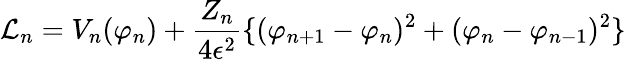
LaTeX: {\cal L}_{n}=V_{n}(\varphi_{n})+\frac{Z_{n}}{4\epsilon^{2}}\{ (\varphi_{n+1}-\varphi_{n})^{2}+(\varphi_{n}-\varphi_{n-1})^{2}\}